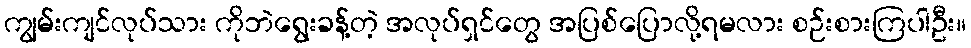
ကျွမ်းကျင်လုပ်သား ကိုဘဲရွေးခန့်တဲ့ အလုပ်ရှင်တွေ အပြစ်ပြောလို့ရမလား စဉ်းစားကြပါဦး။